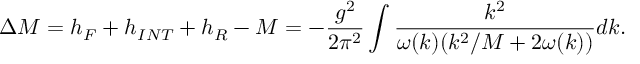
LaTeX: \Delta M = h _ { F } + h _ { I N T } + h _ { R } - M = - { \frac { g ^ { 2 } } { 2 \pi ^ { 2 } } } \int { \frac { k ^ { 2 } } { \omega ( k ) ( k ^ { 2 } / M + 2 \omega ( k ) ) } } d k .